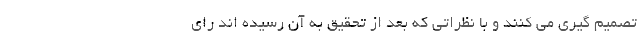
تصمیم گیری می کنند و با نظراتی که بعد از تحقیق به آن رسیده اند رای